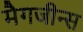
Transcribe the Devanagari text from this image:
मैगजीन्स